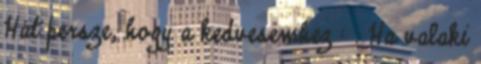
Hát persze, hogy a kedvesemhez : . Ha valaki